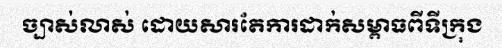
ច្បាស់លាស់ ដោយសារតែការដាក់សម្ពាធពីទីក្រុង